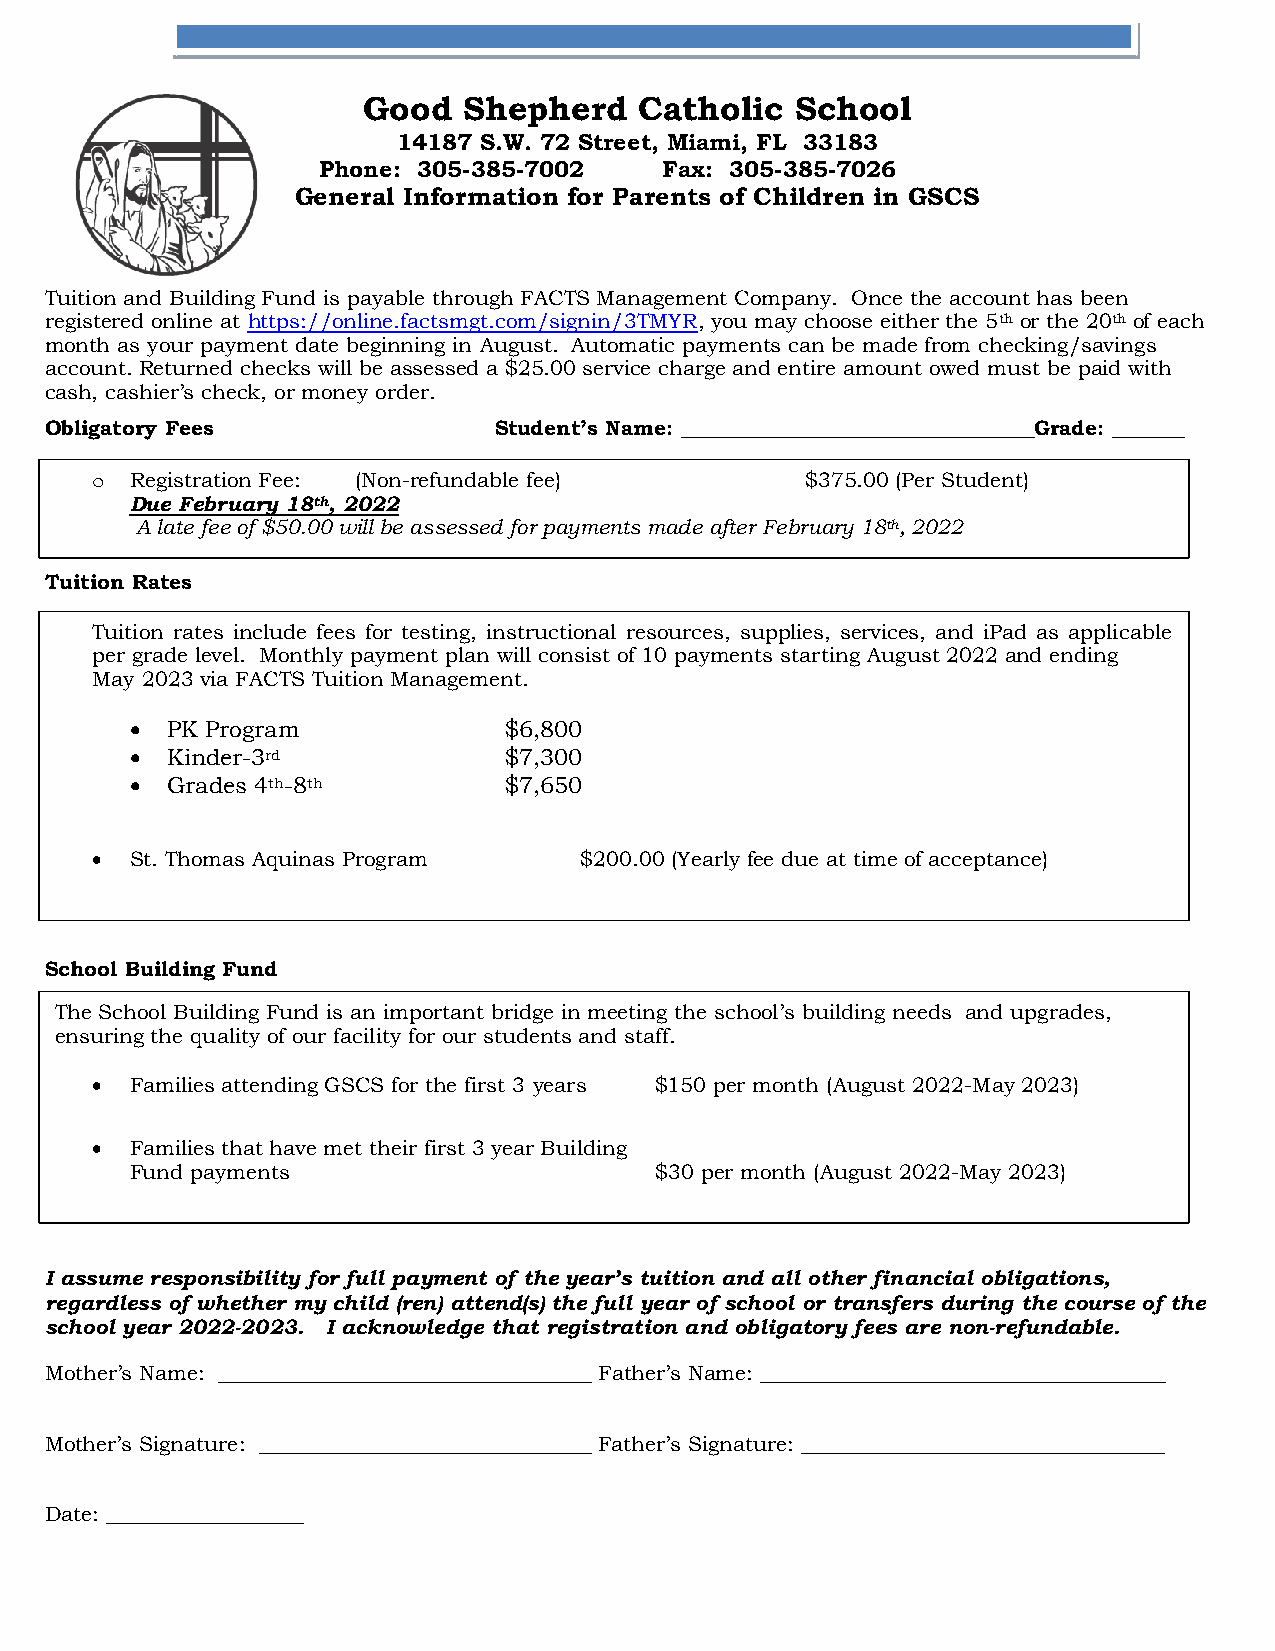
Good   Shepherd   Catholic   School
 14187 S.W. 72 Street, Miami, FL 33183
 Phone: 305-385-7002    Fax: 305-385-7026
 General Information for Parents of Children in GSCS
 Tuition and Building Fund is payable through FACTS Management Company. Once the account has been
 registered online at https://online.factsmgt.com/signin/3TMYR, you may choose either the 5th or the 20th of each
 month as your payment date beginning in August. Automatic payments can be made from checking/savings
 account. Returned checks will be assessed a $25.00 service charge and entire amount owed must be paid with
 c ash, cashier’s check, or money order.
 Obligatory Fees               Student’s Name: __________________________________Grade: _______
 o  Registration Fee: (Non-refundable fee)      $375.00 (Per Student)
 Due February 18th, 2022
 A late fee of $50.00 will be assessed for payments made after February 18th, 2022
 Tuition Rates
 Tuition rates include fees for testing, instructional resources, supplies, services, and iPad as applicable
 per grade level. Monthly payment plan will consist of 10 payments starting August 2022 and ending
 May 2023 via FACTS Tuition Management.
 • PK Program            $6,800
 • Kinder-3rd            $7,300
 • Grades 4th-8th        $7,650
 •  St. Thomas Aquinas Program   $200.00 (Yearly fee due at time of acceptance)
 School Building Fund
 The School Building Fund is an important bridge in meeting the school’s building needs and upgrades,
 ensuring the quality of our facility for our students and staff.
 •  Families attending GSCS for the first 3 years $150 per month (August 2022-May 2023)
 •  Families that have met their first 3 year Building
 Fund payments                     $30 per month (August 2022-May 2023)
 I assume responsibility for full payment of the year’s tuition and all other financial obligations,
 regardless of whether my child (ren) attend(s) the full year of school or transfers during the course of the
 school year 2022-2023. I acknowledge that registration and obligatory fees are non-refundable.
 Mother’s Name: ____________________________________ Father’s Name: _______________________________________
 Mother’s Signature: ________________________________ Father’s Signature: ___________________________________
 Date: ___________________